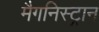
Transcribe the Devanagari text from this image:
मैगनिस्ट्रान